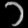
Digit: ၁